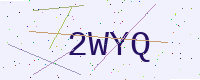
Text: 2WYQ